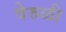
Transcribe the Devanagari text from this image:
वेरुळी